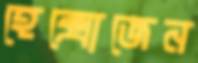
হেক্সোজেন